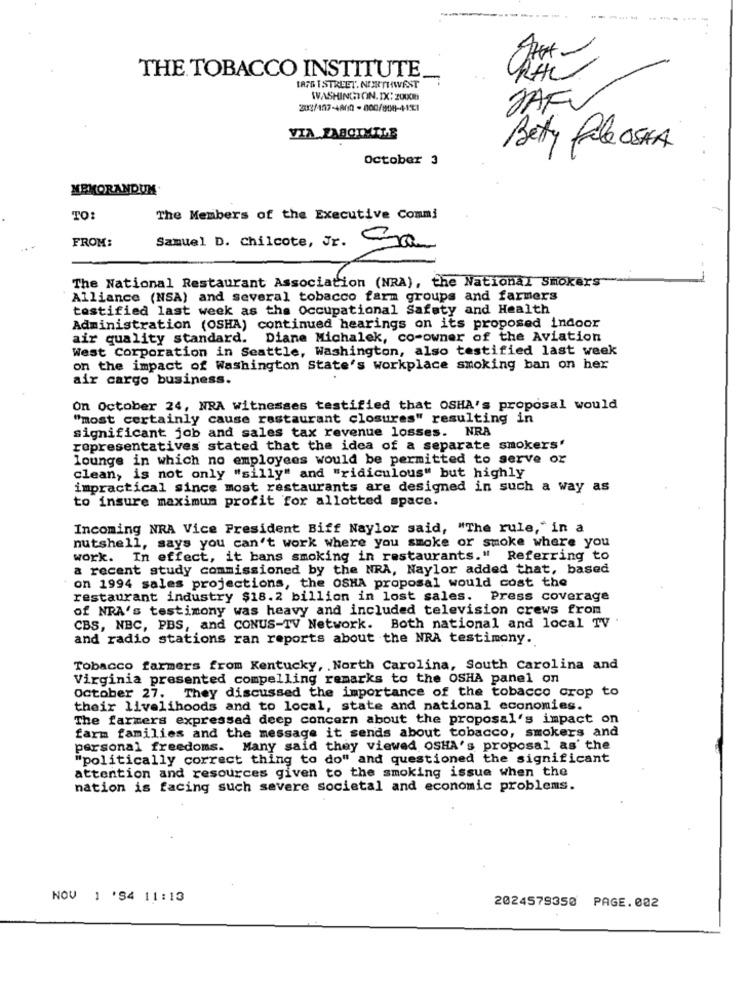
------
THE TOBACCO INSTITUTE.
LAFS I STREET. NORTHWEST
WASHINGTON. IX: 20000
203/107-4800 -800/808-41E1
SAF
VIA FASCIMILE
Betty Pale OSHA
October 3
MEMORANDUM.
TO:
The Members of the Executive Commi
FROM:
Samuel D. Chilcote, Jr. a
The National Restaurant Association (NRA), the National Smokers
Alliance (NSA) and several tobacco farm groups and farmers
testified last week as the Occupational Safety and Health
Administration (OSHA) continued hearings on its proposed indoor
air quality standard. Diane Michalek, co-owner of the Aviation
West Corporation in Seattle, Washington, also testified last week
on the impact of Washington State's workplace smoking ban on her
air cargo business.
On October 24, NRA witnesses testified that OSHA's proposal would
"most certainly cause restaurant closures" resulting in
significant job and sales tax revenue losses.
NRA
representatives stated that the idea of a separate smokers'
lounge in which no employees would be permitted to serve or
clean, is not only "silly" and "ridiculous" but highly
impractical since most restaurants are designed in such a way as
to insure maximum profit for allotted space.
Incoming NRA Vice President Biff Naylor said, "The rule," in a
nutshell, says you can't work where you smoke or smoke where you
work. In effect, it bans smoking in restaurants." Referring to
a recent study commissioned by the NRA, Naylor added that, based
on 1994 sales projections, the OSHA proposal would cost the
restaurant industry $18.2 billion in lost sales. Press coverage
of NRA's testimony was heavy and included television crews from
CBS, NBC, PBS, and CONUS-TV Network. Both national and local TV
and radio stations ran reports about the NRA testimony.
Tobacco farmers from Kentucky, . North Carolina, South Carolina and
Virginia presented compelling remarks to the OSHA panel on
October 27. They discussed the importance of the tobacco crop to
their livelihoods and to local, state and national economies.
The farmers expressed deep concern about the proposal's impact on
farm families and the message it sends about tobacco, smokers and
personal freedoms. Many said they viewed OSHA's proposal as' the
"politically correct thing to do" and questioned the significant
attention and resources given to the smoking issue when the
nation is facing such severe societal and economic problems.
NOV 1 '84 11:13
2024579350 PAGE.002